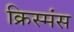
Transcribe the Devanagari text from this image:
क्रिस्मंस